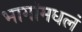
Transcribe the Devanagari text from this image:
भागांमधलं